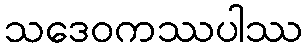
သဒေဝကဿပါဿ